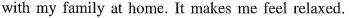
with my family at home. It makes me feel relaxed.